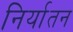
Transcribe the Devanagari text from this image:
निर्यातन